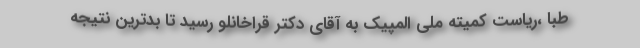
طبا ،ریاست کمیته ملی المپیک به آقای دکتر قراخانلو رسید تا بدترین نتیجه